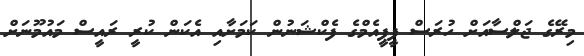
މިރޭގެ ޖަލްސާއަށް ހުރަސް ޕީޕީއެމްގެ ފެކްޝަނުން ކަމަށާއި އެކަން ކުރީ ރައީސް މައުމޫނަށް